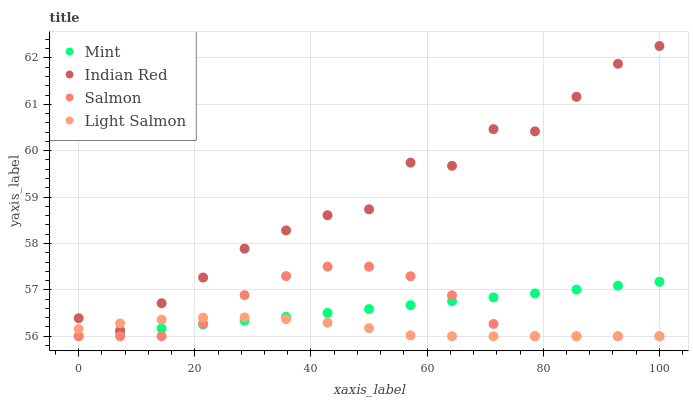
| xaxis_label | Mint | Indian Red | Salmon | Light Salmon |
 | --- | --- | --- | --- | --- |
 | 0 | 56 | 56.4 | 56 | 56.2 |
 | 7.14 | 56.1 | 56.1 | 56 | 56.3 |
 | 14.3 | 56.2 | 56.7 | 56 | 56.4 |
 | 21.4 | 56.3 | 57.3 | 56.3 | 56.4 |
 | 28.6 | 56.3 | 57.9 | 56.9 | 56.4 |
 | 35.7 | 56.4 | 58.3 | 57.3 | 56.4 |
 | 42.9 | 56.5 | 58.6 | 57.5 | 56.3 |
 | 50 | 56.6 | 58.7 | 57.5 | 56.2 |
 | 57.1 | 56.7 | 59.7 | 57.3 | 56 |
 | 64.3 | 56.8 | 59.7 | 56.9 | 56 |
 | 71.4 | 56.8 | 60.5 | 56.3 | 56 |
 | 78.6 | 56.9 | 60.4 | 56 | 56 |
 | 85.7 | 57 | 61.2 | 56 | 56 |
 | 92.9 | 57.1 | 61.9 | 56 | 56 |
 | 100 | 57.2 | 62.3 | 56 | 56 |